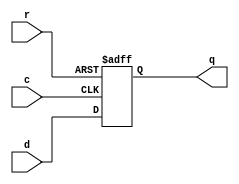
////////////////////////////////////////////////////////////////////////////////////
// Copyright (c) 2016, University of British Columbia (UBC)  All rights reserved. //
//                                                                                //
// Redistribution  and  use  in  source   and  binary  forms,   with  or  without //
// modification,  are permitted  provided that  the following conditions are met: //
//   * Redistributions   of  source   code  must  retain   the   above  copyright //
//     notice,  this   list   of   conditions   and   the  following  disclaimer. //
//   * Redistributions  in  binary  form  must  reproduce  the  above   copyright //
//     notice, this  list  of  conditions  and the  following  disclaimer in  the //
//     documentation and/or  other  materials  provided  with  the  distribution. //
//   * Neither the name of the University of British Columbia (UBC) nor the names //
//     of   its   contributors  may  be  used  to  endorse  or   promote products //
//     derived from  this  software without  specific  prior  written permission. //
//                                                                                //
// THIS  SOFTWARE IS  PROVIDED  BY THE COPYRIGHT HOLDERS AND CONTRIBUTORS "AS IS" //
// AND  ANY EXPRESS  OR IMPLIED WARRANTIES,  INCLUDING,  BUT NOT LIMITED TO,  THE //
// IMPLIED WARRANTIES OF MERCHANTABILITY AND FITNESS FOR A PARTICULAR PURPOSE ARE //
// DISCLAIMED.  IN NO  EVENT SHALL University of British Columbia (UBC) BE LIABLE //
// FOR ANY DIRECT,  INDIRECT,  INCIDENTAL,  SPECIAL,  EXEMPLARY, OR CONSEQUENTIAL //
// DAMAGES  (INCLUDING,  BUT NOT LIMITED TO,  PROCUREMENT OF  SUBSTITUTE GOODS OR //
// SERVICES;  LOSS OF USE,  DATA,  OR PROFITS;  OR BUSINESS INTERRUPTION) HOWEVER //
// CAUSED AND ON ANY THEORY OF LIABILITY,  WHETHER IN CONTRACT, STRICT LIABILITY, //
// OR TORT  (INCLUDING NEGLIGENCE OR OTHERWISE) ARISING IN ANY WAY OUT OF THE USE //
// OF  THIS SOFTWARE,  EVEN  IF  ADVISED  OF  THE  POSSIBILITY  OF  SUCH  DAMAGE. //
////////////////////////////////////////////////////////////////////////////////////

////////////////////////////////////////////////////////////////////////////////////
//                           mux.v: Generic dff with async reset                  //
//  Cell-based Mixed FIFOs :: University of British Columbia  (UBC) :: July 2016  //
////////////////////////////////////////////////////////////////////////////////////

module dff
  #(  parameter     W = 1 ,  // data width
      parameter     S = 0 )  // Set?
   (  input              c,  // clock
      input              r,  // async reset
      input      [W-1:0] d,  // input
      output reg [W-1:0] q); // output

  always@(posedge c or posedge r)
    if (r)
      if (S) q <= {{(W-1){1'b0}},1'b1};
      else   q <= {W{1'b0}};
    else     q <= d;

endmodule